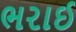
ભરાઈ